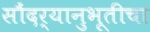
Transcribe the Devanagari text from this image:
सौंदर्यानुभूतीचा